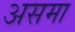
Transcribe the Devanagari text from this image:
असमा